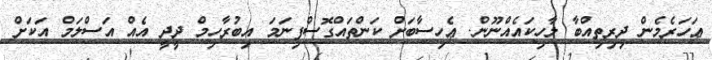
ޢަހަރެމެން ދިރިތިއްބާ ލާހިކައެއްނޫން. ޢެހިސާބަށް ކަންތައްގޮސްފިނަމަ އިބުރާހިމް ދީދީ އެއް އަސްލަމް އަކަށް